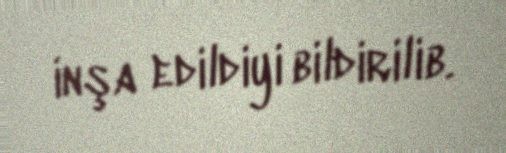
inşa edildiyi bildirilib.